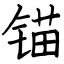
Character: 锚